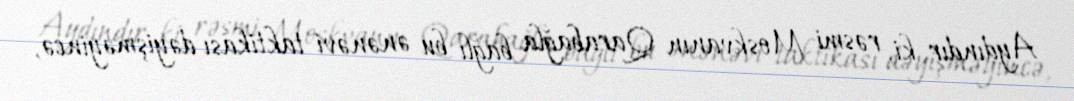
Aydındır ki, rəsmi Moskvanın Qarabağla bağlı bu ənənəvi taktikası dəyişməyincə,